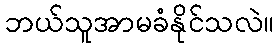
ဘယ်သူအာမခံနိုင်သလဲ။